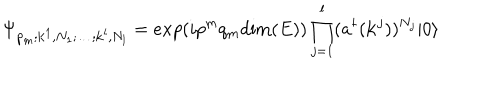
LaTeX: \Psi _ { p _ { m } ; { \bf k } ^ { 1 } , N _ { 1 } ; \dots ; { \bf k } ^ { l } , N _ { l } } = e x p ( i p ^ { m } q _ { m } \mathrm { d i m } ( E ) ) \prod _ { j = 1 } ^ { l } ( a ^ { \dagger } ( { \bf k } ^ { j } ) ) ^ { N _ { j } } | 0 \rangle